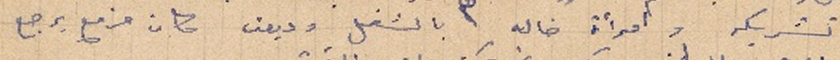
تشريكه وامرأة خاله بالشغل وديون كان مزمع يرجع